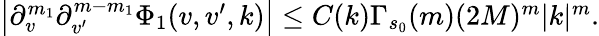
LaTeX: \begin{array}{r}{\left|\partial_{v}^{m_{1}}\partial_{v^{\prime}}^{m-m_{1}}\Phi_{1}(v,v^{\prime},k)\right|\leq C(k)\Gamma_{s_{0}}(m)(2M)^{m}|k|^{m}.}\end{array}